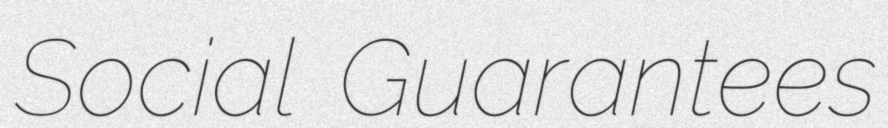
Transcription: Social Guarantees